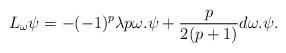
LaTeX: \begin{align*}L_{\omega}\psi=-(-1)^p\lambda p\omega.\psi+\frac{p}{2(p+1)}d\omega.\psi.\end{align*}